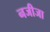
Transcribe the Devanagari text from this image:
नजीजा